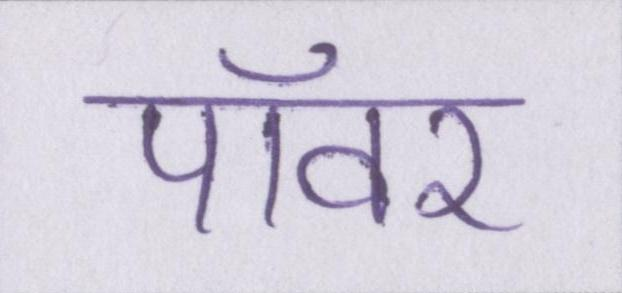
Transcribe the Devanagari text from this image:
पॉवर